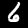
Label: 6